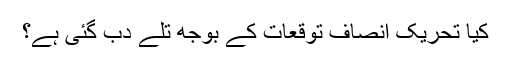
کیا تحریک انصاف توقعات کے بوجھ تلے دب گئی ہے؟